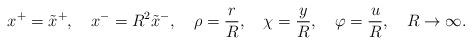
LaTeX: \begin{align*}x^+ = \tilde{x}^+, ~~~ x^-=R^2 \tilde{x}^-, ~~~ \rho={r \over R}, ~~~ \chi={y \over R}, ~~~\varphi={u \over R}, ~~~R \rightarrow \infty .\end{align*}